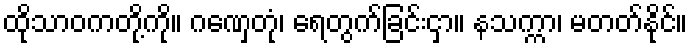
ထိုသာဝကတို့ကို။ ဂဏှေတုံ၊ ရေတွက်ခြင်းငှာ။ နသက္ကာ၊ မတတ်နိုင်။